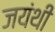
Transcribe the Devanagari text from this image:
जयंथी